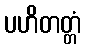
ပဟိတတ္တံ